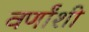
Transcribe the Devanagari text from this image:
वर्णांशी